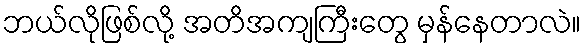
ဘယ်လိုဖြစ်လို့ အတိအကျကြီးတွေ မှန်နေတာလဲ။